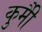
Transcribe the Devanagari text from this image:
कुर्मीै